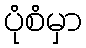
ပုံစံမှာ